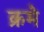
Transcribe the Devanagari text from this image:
क्रमे